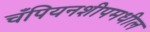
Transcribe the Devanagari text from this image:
चँपियनशीपमधील